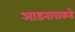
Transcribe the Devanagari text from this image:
आडनावाकडे